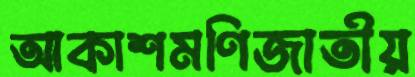
আকাশমণিজাতীয়